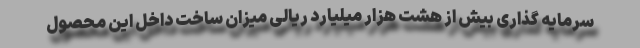
سرمایه گذاری بیش از هشت هزار میلیارد ریالی میزان ساخت داخل این محصول